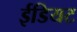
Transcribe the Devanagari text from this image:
ईडियट